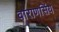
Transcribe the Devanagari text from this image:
वाराणसिंय